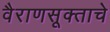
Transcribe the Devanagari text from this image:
वैराणसूक्ताचे